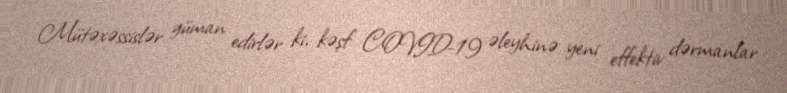
Mütəxəssislər güman edirlər ki, kəşf COVID-19 əleyhinə yeni effektiv dərmanlar